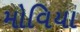
મોવિયા